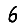
Digit: 6